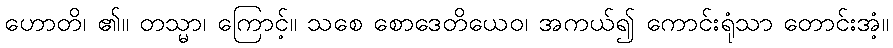
ဟောတိ၊ ၏။ တသ္မာ၊ ကြောင့်။ သစေ စောဒေတိယေဝ၊ အကယ်၍ ကောင်းရုံသာ တောင်းအံ့။